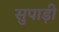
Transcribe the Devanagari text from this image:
सुपाड़ी